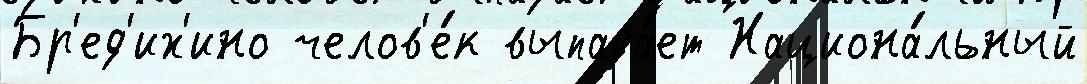
Бр'ед'их'ино челов'е́к выпада́ет Национа́льный